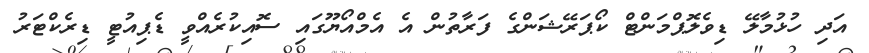
އަދި ހުޅުމާލޭ ޑިވެލޮޕްމަންޓް ކޯޕަރޭޝަންގެ ފަރާތުން އެ އެމްއޯޔޫގައި ސޮއިކުރެއްވީ ޑެޕިއުޓީ ޑިރެކްޓަރު